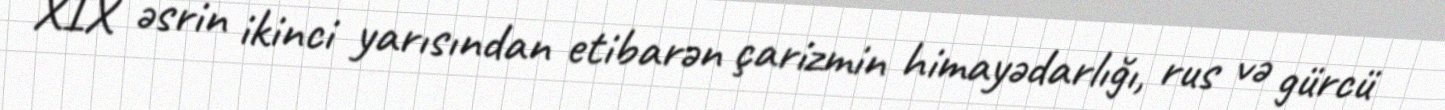
XIX əsrin ikinci yarısından etibarən çarizmin himayədarlığı, rus və gürcü